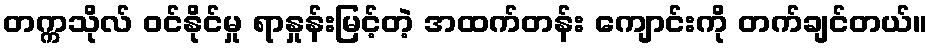
တက္ကသိုလ် ဝင်နိုင်မှု ရာနှုန်းမြင့်တဲ့ အထက်တန်း ကျောင်းကို တက်ချင်တယ်။